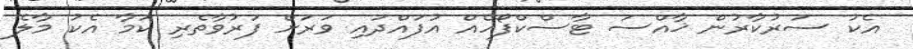
އެކު ސަރުކާރުން ޚާއްސަ ޓާސްކްފޯހެއް އުފައްދައި ވަރަށް ފަރުވާތެރި ކަމާ އެކު މާލެ